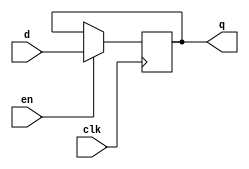
module flopen(clk, en, d, q);

input clk, en;
input [7:0] d;
output reg [7:0] q;

always@(posedge clk)
 if (en) q <= d;

endmodule